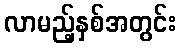
လာမည့်နှစ်အတွင်း